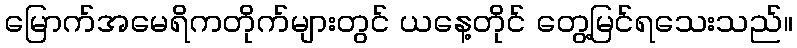
မြောက်အမေရိကတိုက်များတွင် ယနေ့တိုင် တွေ့မြင်ရသေးသည်။